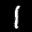
Label: 1